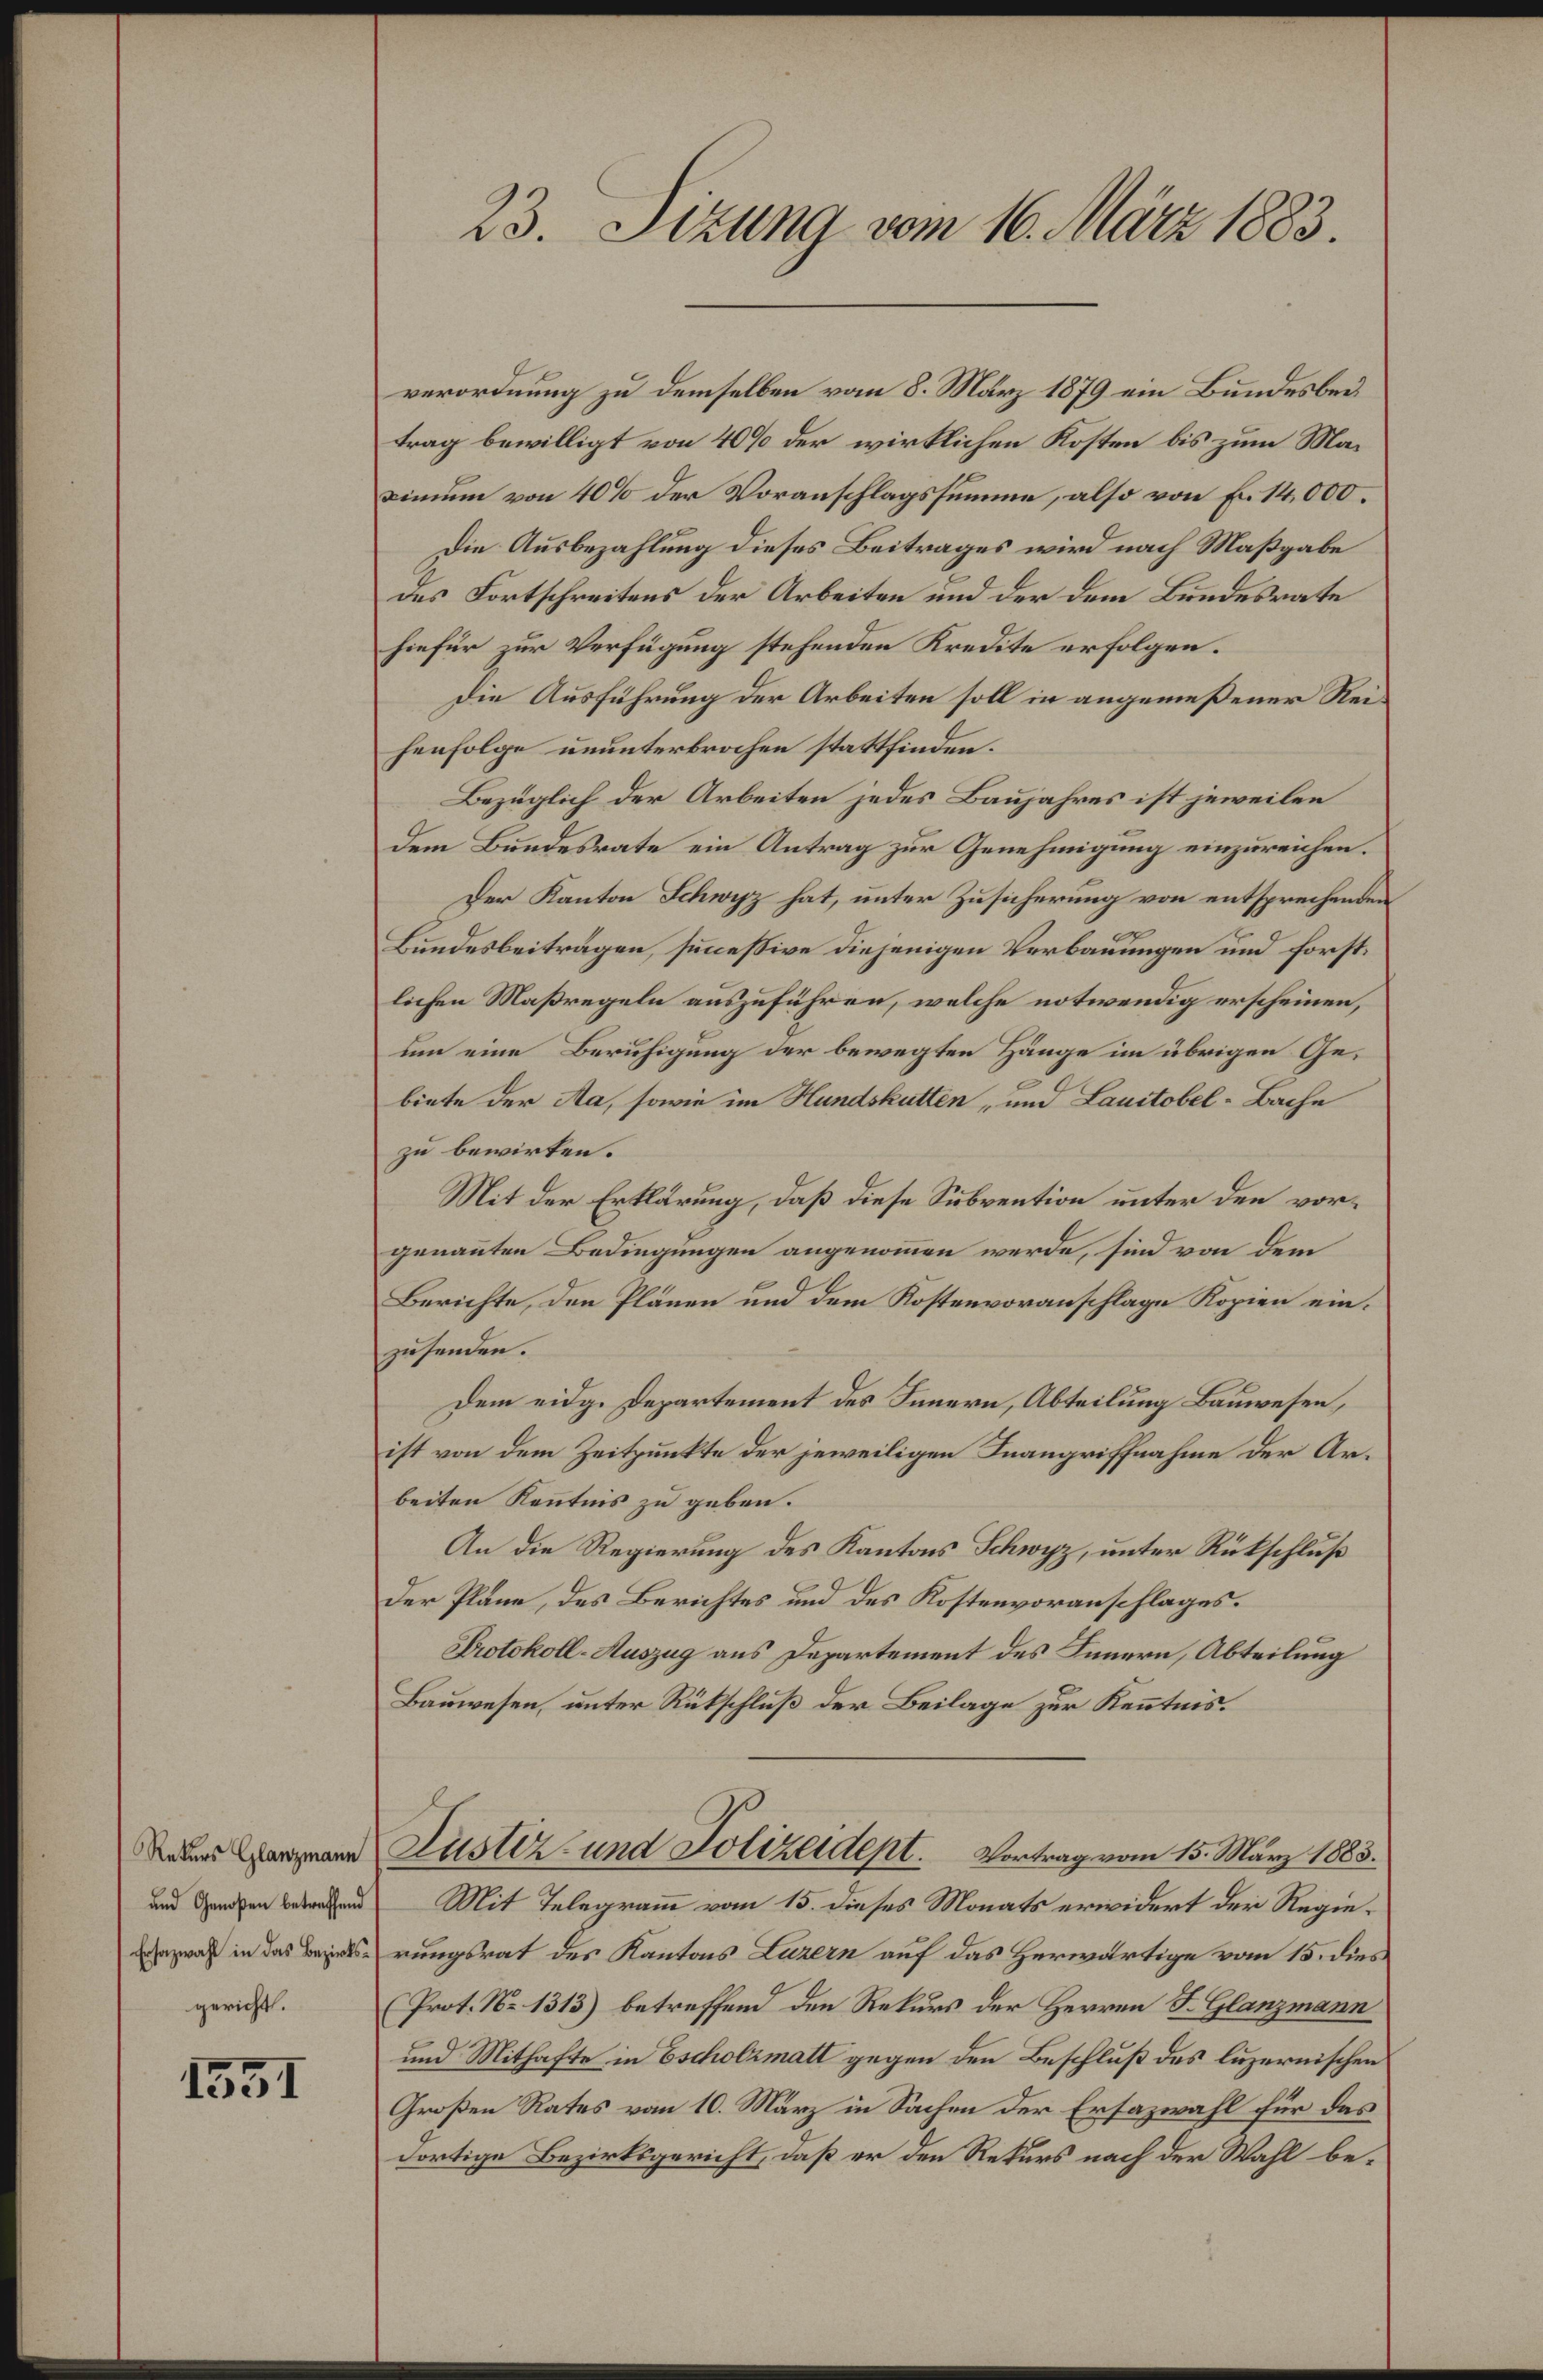
Rekurs Glanzmann
und Genoßen betreffend
Ersazwahl in das Bezirksgericht.

1551

23. Sizung vom 16. März 1883.

verordnung zu demselben vom 8. März 1879 ein Bundesbeitrag bewilligt von 40% der wirklichen Kosten bis zum Ma¬
Dinum von 40% der Voranschlagssumme, also von En 14,000.
Die Ausbezahlung dieses Beitrages wird nach Maßgabe
des Fortschreitens der Arbeiten und der dem Bundesrate
hiefür zur Verfügung stehenden Kredite erfolgen.
Die Ausführung der Arbeiten soll in angemeßener Reihenfolge ununterbrochen stattfinden.
Bezüglich der Arbeiten jedes Baujahres ist jeweilen
dem Bundesrate ein Antrag zur Genehmigung einzureichen.
Der Kanton Schwyz hat, unter Zusicherung von entsprechenden
Bundesbeiträgen, successive diejenigen Verbauungen und forstlichen Maßregeln auszuführen, welche notwendig erscheinen,
um eine Beruhigung der bewegten Hänge im übrigen Ge-
biete der Aa, sowie im Hundskutten, und Lauctobel-Bache
zu bewirken.
Mit der Erklärung, daß diese Subvention unter den vorgenannten Bedingungen angenommen werde, sind von dem
Berichte, den Plänen und dem Kostenvoranschlage Kopien einzusenden.
Dem eidg. Departement des Innern, Abteilung Bauwesen,
ist von dem Zeitpunkte der jeweiligen Inangriffnahme der Arbeiten Kenntnis zu geben.
An die Regierung des Kantons Schwyz, unter Rückschluß
Der Pläne, des Berichtes und des Kostenvoranschlages.
Protokoll-Auszug aus Departement des Innern, Abteilung
Bauwesen, unter Rückschluß der Beilage zur Kenntnis.
Justiz- und Polizeidept. Vortrag vom 15. März 1883.
Mit Telegramm vom 15. dieses Monats erwidert der Regierungsrat des Kantons Luzern auf das Herwärtige vom 15. dies
(Prot. No 1313) betreffend den Rekurs der Herren F. Glanzmann
und Mithafte in Escholzmatt gegen den Beschluß des luzernischen
Großen Rates vom 10. März in Sachen der Ersazwahl für das
dortige Bezirksgericht, daß er den Rekurs nach der Wahl be¬